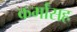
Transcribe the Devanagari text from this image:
कर्मांसह